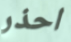
احذر